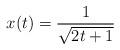
LaTeX: \begin{align*} x(t) = \frac{1}{\sqrt{2t + 1}}\end{align*}